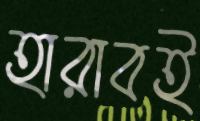
হারাবই